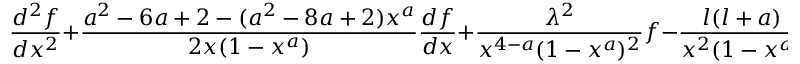
\frac { d ^ { 2 } f } { d x ^ { 2 } } + \frac { a ^ { 2 } - 6 a + 2 - ( a ^ { 2 } - 8 a + 2 ) x ^ { a } } { 2 x ( 1 - x ^ { a } ) } \frac { d f } { d x } + \frac { \lambda ^ { 2 } } { x ^ { 4 - a } ( 1 - x ^ { a } ) ^ { 2 } } f - \frac { l ( l + a ) } { x ^ { 2 } ( 1 - x ^ { a } ) } f = 0 \, .